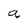
Character: a